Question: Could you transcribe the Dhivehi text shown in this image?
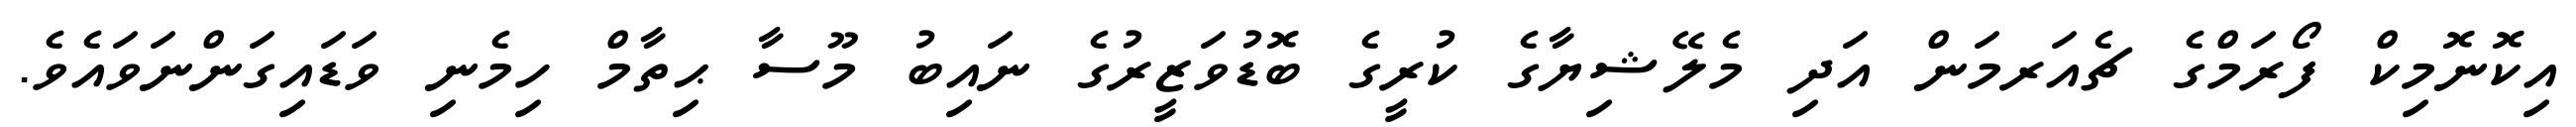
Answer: އިކޮނޮމިކް ފޯރަމްގެ ޗެއަރމަން އަދި މެލޭޝިޔާގެ ކުރީގެ ބޮޑުވަޒީރުގެ ނައިބު މޫސާ ޙިތާމް ހިމެނި ވަޑައިގަންނަވައެވެ.